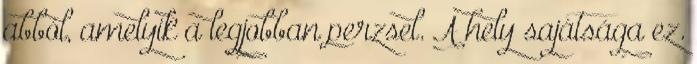
abból, amelyik a legjobban perzsel. A hely sajátsága ez.